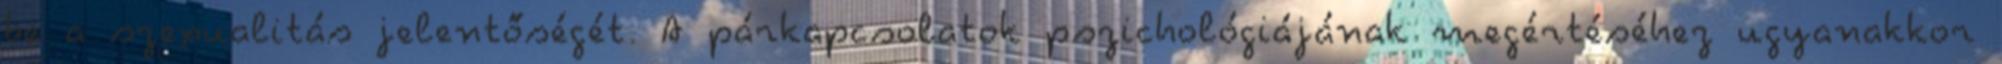
be a szexualitás jelentőségét. A párkapcsolatok pszichológiájának megértéséhez ugyanakkor